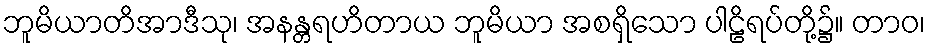
ဘူမိယာတိအာဒီသု၊ အနန္တရဟိတာယ ဘူမိယာ အစရှိသော ပါဠိရပ်တို့၌။ တာဝ၊